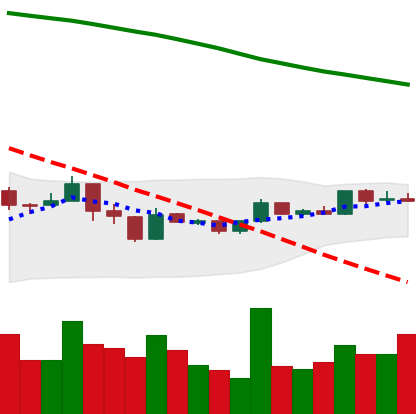
Ticker: XMR-USD
Chart end date: 2019-01-09
Forward return: -12.899%
Label: down_7plus